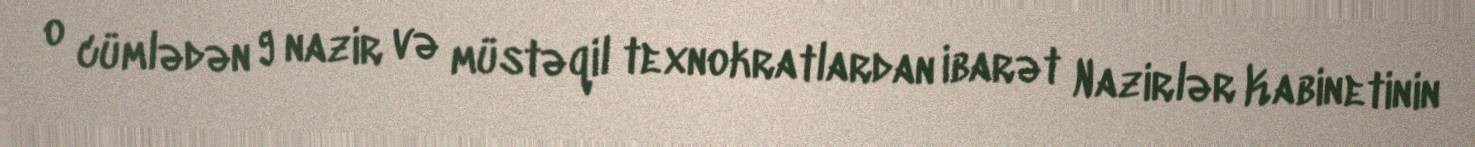
o cümlədən 9 nazir və müstəqil texnokratlardan ibarət Nazirlər Kabinetinin